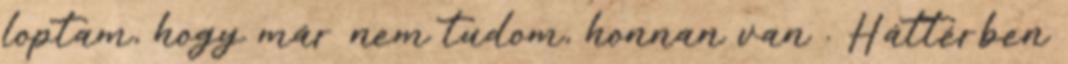
loptam, hogy már nem tudom, honnan van . Háttérben